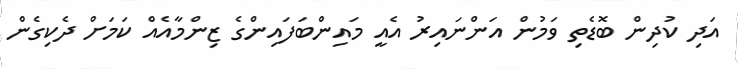
އަދި ކުދިން ބޮޑެތި ވަމުން އަންނައިރު އެއީ މައިންބަފައިންގެ ޒިންމާއެއް ކަމަށް ދެކިގެން